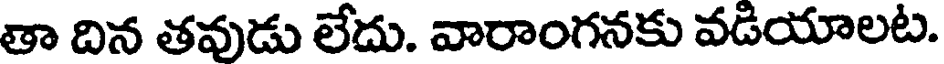
తా దిన తవుడు లేదు. వారాంగనకు వడియాలట.